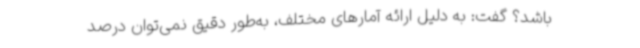
باشد؟ گفت: به دلیل ارائه آمارهای مختلف، به‌طور دقیق نمی‌توان درصد